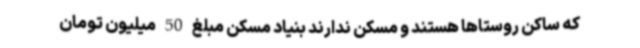
که ساکن روستاها هستند و مسکن ندارند بنیاد مسکن مبلغ 50 میلیون تومان